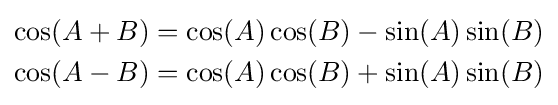
{\begin{aligned}\cos(A+B)&=\cos(A)\cos(B)-\sin(A)\sin(B)\\\cos(A-B)&=\cos(A)\cos(B)+\sin(A)\sin(B)\end{aligned}}